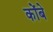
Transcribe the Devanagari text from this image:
कोंबे